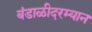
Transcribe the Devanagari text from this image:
बंडाळीदरम्यान